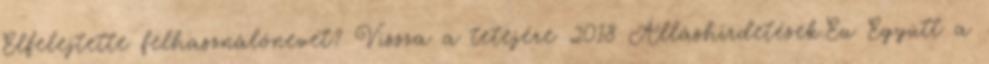
Elfelejtette felhasználónevét? Vissza a tetejére 2018 Álláshirdetések.Eu Együtt a